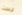
ليست